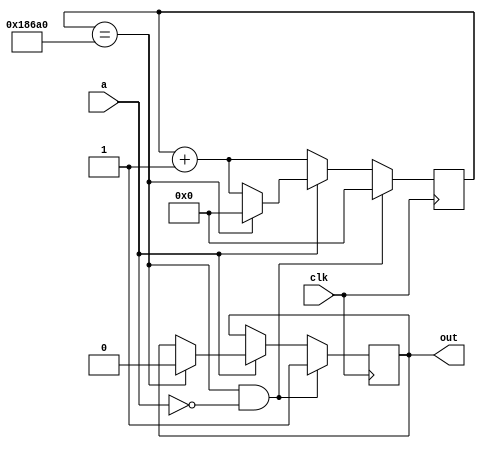
module button(
    a, out, clk
);
    input a;
    input clk;
    output reg out;
    reg [31:0] timer;

    initial begin
        timer <= 32'b0;
    end

    always @(posedge clk) begin
        if(timer == 32'd100000 && a == 1'b0) begin
            timer <= 32'b0;
            out <= 1'b1;
        end
        else if(!a) begin
            timer <= timer + 32'b1;            
        end
        else if(a) begin
            if (timer == 32'd100000) begin
                timer <= 0;
                out <= 32'b0;
            end
            else
                timer <= timer + 32'b1;
        end

    end
endmodule